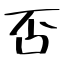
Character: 否